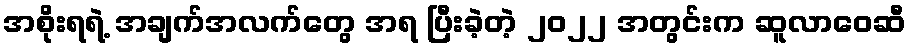
အစိုးရရဲ့ အချက်အလက်တွေ အရ ပြီးခဲ့တဲ့ ၂၀၂၂ အတွင်းက ဆူလာဝေဆီ